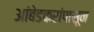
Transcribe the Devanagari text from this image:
आंबेडकरांपासून